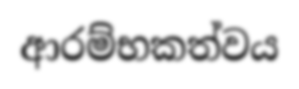
ආරම්භකත්වය